Lock hospitals Punjab
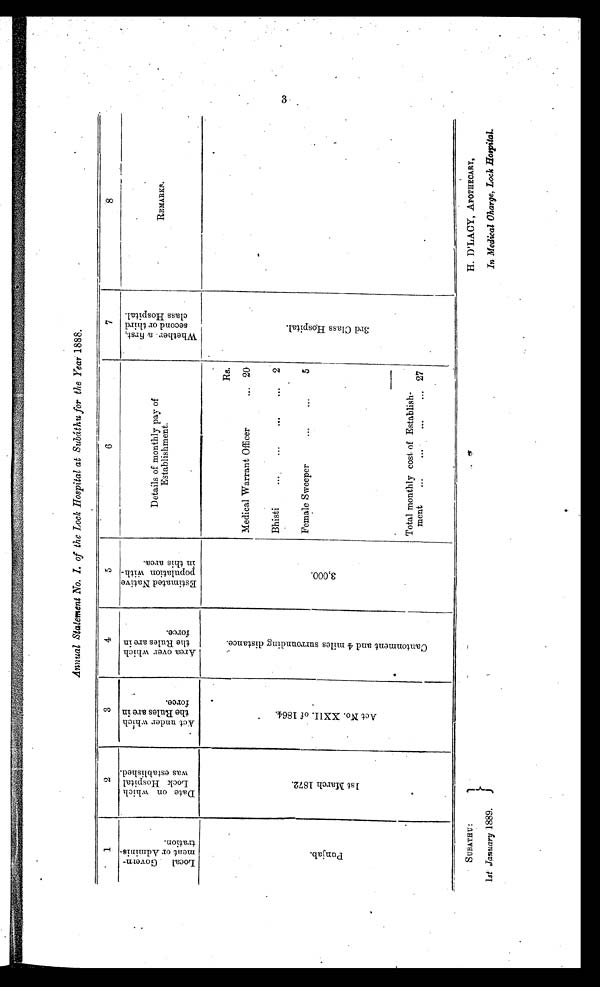
In Medical Charge, Lock Hospital.
Annual Statement No. I. of the Lock Hospital at Subáthu for the Year 1888.
1
2
3
4
5
6
7
8
L o c a l G o v e r n - m e n t o f A d m i n i s - t r a t i o n .
D a t e o n w h i c h L o c k H o s p i t a l w a s e s t a b l i s h e d .
A c t u n d e r w h i c h t h e R u l e s a r e i n f o r c e .
A r e a o v e r w h i c h t h e R u l e s a r e i n f o r c e .
E s t i m a t e d N a t i v e p o p u l a t i o n w i t h - i n t h i s a r e a .
Details of monthly pay of
Establishment.
W h e t h e r a f i r s t , s e c o n d o r t h i r d c l a s s H o s p i t a l .
REMARKS.
.
P u n j a b .
1 s t M a r c h 1 8 7 2
A c t N o . X X I I . o f 1 8 6 4 .
C a n t o n m e n t a n d 4 m i l e s u r r o u n d i n g d i s t a n c e .
3 , 0 0 0 .
Rs.
3 r d C l a s s H o s p i t a l .
Medical Warrant Officer
... 20
Bhisti
...
...
...
...
2
Female Sweeper
. . .
. . .
5
Total monthly cost, of Establish-
ment
...
...
...
... 27
3
S UB ATHU :
1st January 1889.